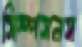
সিম্পসনস